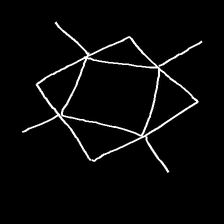
Glyph: light